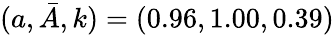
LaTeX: (a,\bar{A},k)=(0.96,1.00,0.39)